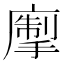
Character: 𢳅